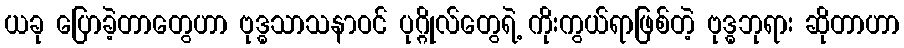
ယခု ပြောခဲ့တာတွေဟာ ဗုဒ္ဓသာသနာဝင် ပုဂ္ဂိုလ်တွေရဲ့ ကိုးကွယ်ရာဖြစ်တဲ့ ဗုဒ္ဓဘုရား ဆိုတာဟာ